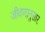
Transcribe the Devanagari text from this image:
जीवणानुसार